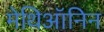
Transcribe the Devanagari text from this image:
मेथिऑनिन